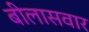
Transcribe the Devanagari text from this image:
बीलासवार